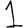
Digit: 1